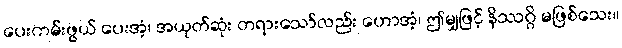
ပေးကမ်းဖွယ် ပေးအံ့၊ အယုတ်ဆုံး တရားသော်လည်း ဟောအံ့၊ ဤမျှဖြင့် နိဿဂ္ဂိ မဖြစ်သေး။